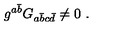
g ^ { a { \bar { b } } } G _ { a { \bar { b } } c { \bar { d } } } \ne 0 \ .